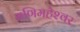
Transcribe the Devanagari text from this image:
मणिमहेश्‍वर